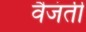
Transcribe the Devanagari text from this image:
वैजंती